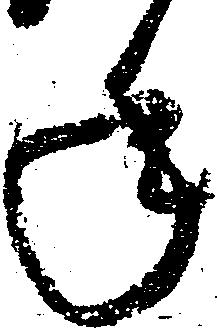
年